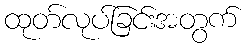
ထုတ်လုပ်ခြင်းအတွက်